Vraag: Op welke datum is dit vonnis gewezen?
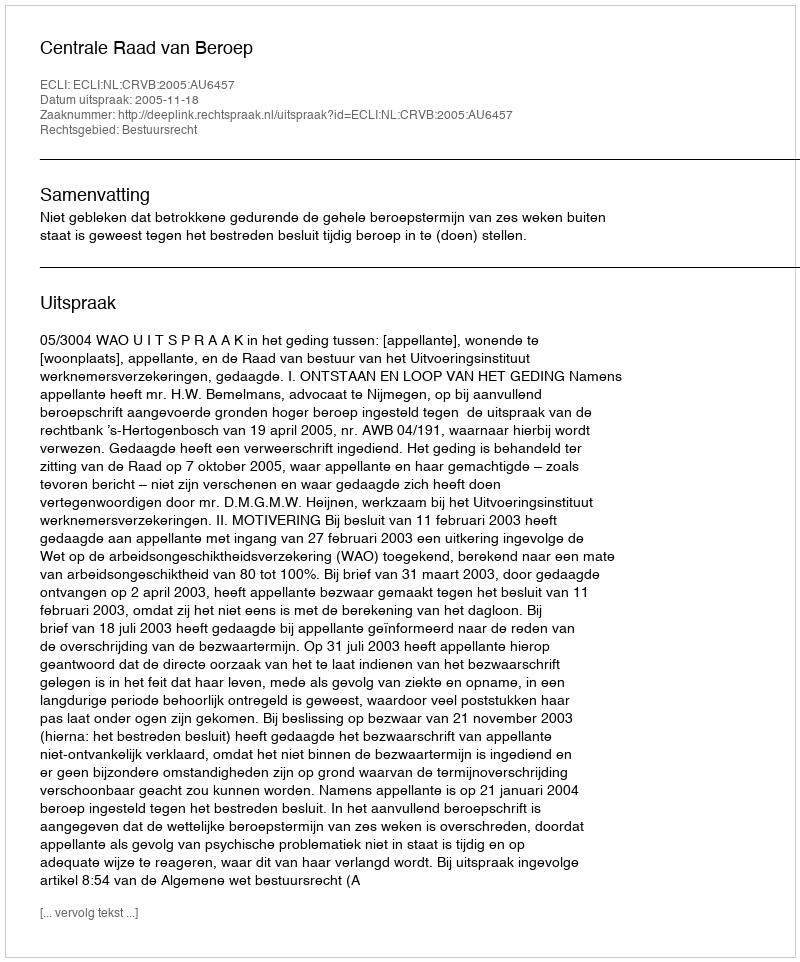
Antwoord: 2005-11-18